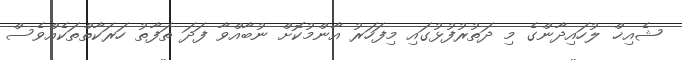
ޝެއިޚް ލުހައިދާންގެ މި ދަތުރުފުޅުގައި މިފަހަރު އާންމުކޮށް ނުބާއްވާ ފަދަ ތަފާތު ހަރަކާތްތަކެއްވެސް